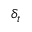
\delta _ { t }